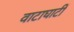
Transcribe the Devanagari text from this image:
वाटाघाटीं